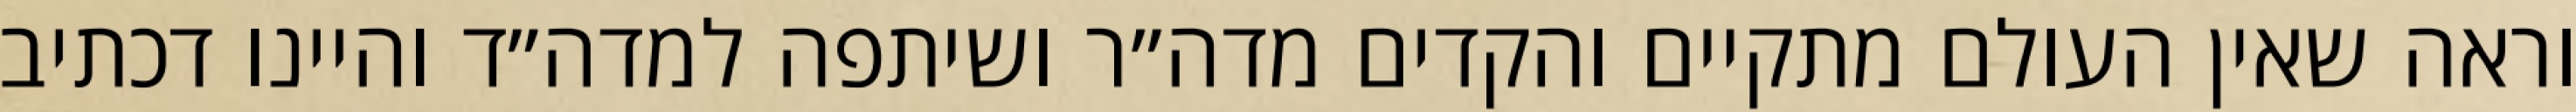
וראה שאין העולם מתקיים והקדים מדה״ר ושיתפה למדה״ד והיינו דכתיב